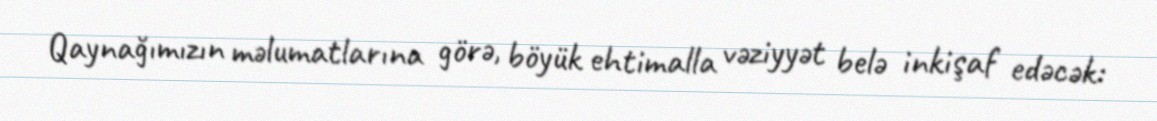
Qaynağımızın məlumatlarına görə, böyük ehtimalla vəziyyət belə inkişaf edəcək: